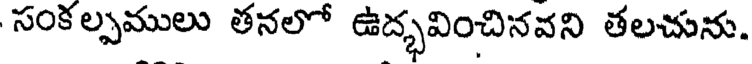
సంకల్పములు తనలో ఉద్భవించినవని తలచును.